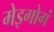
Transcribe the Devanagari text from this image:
मेइगोगं